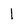
Character: 1